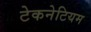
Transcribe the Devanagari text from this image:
टेकनेटियम